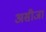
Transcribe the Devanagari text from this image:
असीजा